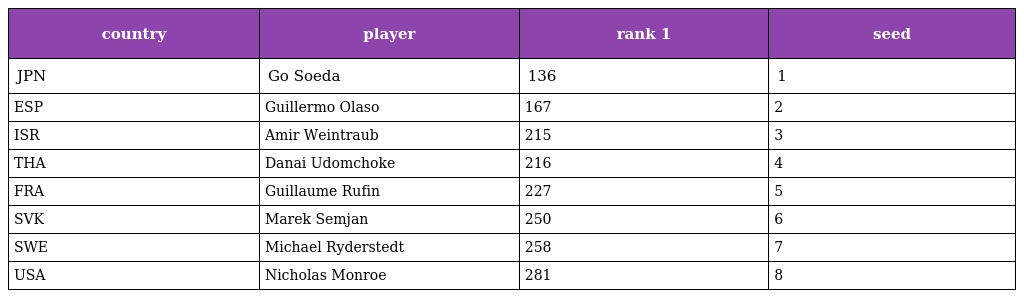
| country | player | rank 1 | seed |
 | --- | --- | --- | --- |
 | JPN | Go Soeda | 136 | 1 |
 | ESP | Guillermo Olaso | 167 | 2 |
 | ISR | Amir Weintraub | 215 | 3 |
 | THA | Danai Udomchoke | 216 | 4 |
 | FRA | Guillaume Rufin | 227 | 5 |
 | SVK | Marek Semjan | 250 | 6 |
 | SWE | Michael Ryderstedt | 258 | 7 |
 | USA | Nicholas Monroe | 281 | 8 |